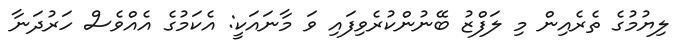
ލިޔުމުގެ ތެރެއިން މި ލަފްޒު ބޭނުންކުރެވިފައި ވަ މާނައަކީ: އެކަމުގެ އެއްވެސް ހަރުދަނާ